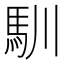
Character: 馴